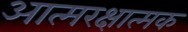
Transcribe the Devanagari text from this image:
आत्मरक्षात्मक